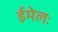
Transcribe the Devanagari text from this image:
ईमेलः